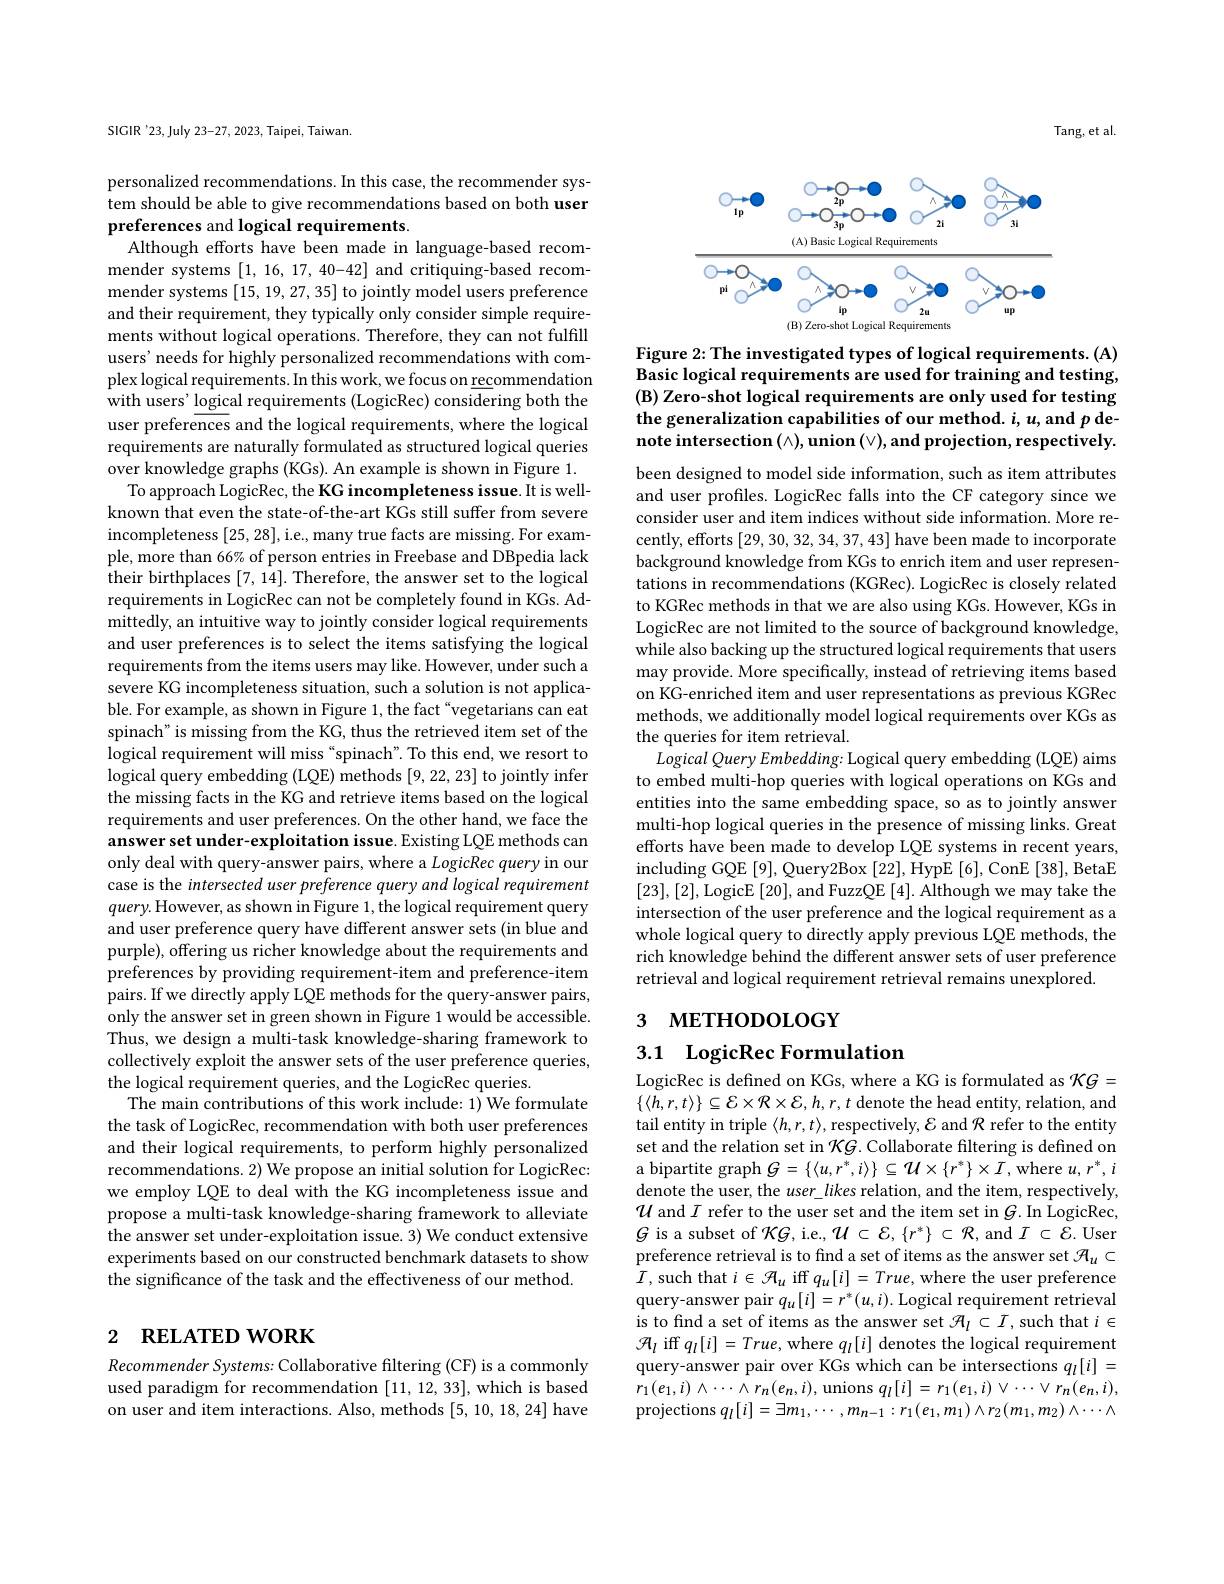
SIGIR'23, July 23-27, 2023, Taipei, Taiwan.

personalized recommendations. In this case, the recommender system should be able to give recommendations based on both user preferences and logical requirements.
Although efforts have been made in language-based recom-

mender systems [1, 16, 17, 40-42] and critiquing-based recommender systems [15,19,27,35] to jointly model users preference and their requirement, they typically only consider simple requirements without logical operations. Therefore, they can not fulfill users' needs for highly personalized recommendations with complex logical requirements. In this work, we focus on recommendation with users' logical requirements (LogicRec) considering both the user preferences and the logical requirements, where the logical requirements are naturally formulated as structured logical queries over knowledge graphs (KGs). An example is shown in Figure 1.
To approach LogicRec, the KG incompleteness issue. It is wellknown that even the state-of-the-art KGs still suffer from severe incompleteness [25,28], i.e., many true facts are missing. For example, more than 66% of person entries in Freebase and DBpedia lack their birthplaces [7, 14]. Therefore, the answer set to the logical requirements in LogicRec can not be completely found in KGs. Admittedly, an intuitive way to jointly consider logical requirements and user preferences is to select the items satisfying the logical requirements from the items users may like. However, under such a severe KG incompleteness situation, such a solution is not applicable. For example, as shown in Figure 1, the fact “vegetarians can eat spinach" is missing from the KG, thus the retrieved item set of the logical requirement will miss “spinach”. To this end, we resort to logical query embedding (LQE) methods [9,22,23] to jointly infer the missing facts in the KG and retrieve items based on the logical requirements and user preferences. On the other hand, we face the answer set under-exploitation issue. Existing LQE methods can only deal with query-answer pairs, where a LogicRecquery in our case is the intersected user preference query and logical requirement $query.$ However, as shown in Figure 1, the logical requirement query and user preference query have different answer sets (in blue and purple), offering us richer knowledge about the requirements and preferences by providing requirement-item and preference-item pairs. If we directly apply LQE methods for the query-answer pairs, only the answer set in green shown in Figure 1 would be accessible. Thus, we design a multi-task knowledge-sharing framework to collectively exploit the answer sets of the user preference queries, the logical requirement queries, and the LogicRec queries.
The main contributions of this work include: 1) We formulate the task of LogicRec, recommendation with both user preferences and their logical requirements, to perform highly personalized recommendations. 2) We propose an initial solution for LogicRec: we employ LQE to deal with the KG incompleteness issue and propose a multi-task knowledge-sharing framework to alleviate the answer set under-exploitation issue. 3) We conduct extensive experiments based on our constructed benchmark datasets to show the significance of the task and the effectiveness of our method.

# 2 RELATED WORK

Recommender Systems: Collaborative filtering (CF) is a commonly used paradigm for recommendation [11,12,33],which is based on user and item interactions. Also, methods [5, 10, 18, 24] have

Tang, et al.

<FigureHere>

Figure 2: The investigated types of logical requirements. (A) Basic logical requirements are used for training and testing, (B) Zero-shot logical requirements are only used for testing the generalization capabilities of our method. $i,u$,and $p$ denote intersection $(\wedge)$,union $(\vee)$,and projection, respectively.

been designed to model side information, such as item attributes and user profiles. LogicRec falls into the CF category since we consider user and item indices without side information. More recently, efforts [29,30,32,34,37,43] have been made to incorporate background knowledge from KGs to enrich item and user representations in recommendations (KGRec). LogicRec is closely related to KGRec methods in that we are also using KGs. However, KGs in LogicRec are not limited to the source of background knowledge, while also backing up the structured logical requirements that users may provide. More specifically, instead of retrieving items based on KG-enriched item and user representations as previous KGRec methods, we additionally model logical requirements over KGs as the queries for item retrieval.
$Logical\textit{Query Embedding: Logical query embedding ( LQE) aims}$ to embed multi-hop queries with logical operations on KGs and entities into the same embedding space, so as to jointly answer multi-hop logical queries in the presence of missing links. Great efforts have been made to develop LQE systems in recent years, including GQE [9], Query2Box [22], HypE [6], ConE [38], BetaE [23],[2],LogicE[20],and FuzzQE[4]. Although we may take the intersection of the user preference and the logical requirement as a whole logical query to directly apply previous LQE methods, the rich knowledge behind the different answer sets of user preference retrieval and logical requirement retrieval remains unexplored.
3 метнорособү

3.1 $\textbf{LogicRec Formulation}$

LogicRec is defined on KGs, where a KG is formulated as $\mathcal{K}G=$ $\{\langle h,r,t\rangle\}\subseteq\mathcal{E}\times\mathcal{R}\times\mathcal{E},h,r,t$ denote the head entity, relation, and tail entity in triple $\langle h,r,t\rangle$,respectively, $\mathcal{E}$ and $\mathcal{R}$ refer to the entity set and the relation set in $\mathcal{K}G.$ Collaborate filtering is defined on a bipartite graph $G=\{\langle u,r^{*},i\rangle\}\subseteq\mathcal{U}\times\{r^{*}\}\times I$,where $u,r^{*},i$ denote the user, the $user\_likes$ relation, and the item, respectively, $\mathcal{U}$ and $I$ refer to the user set and the item set in $G.$In LogicRec, $G$ is a subset of KG, i.e, $\mathcal{U}\subset\mathcal{E},\{r^*\}\subset\mathcal{R}$, and $I\subset\mathcal{E}.$ User preference retrieval is to find a set of items as the answer set $\mathcal{A}_u\subset$ $I$, such that $i\in\mathcal{A}_u$ iff $q_u[i]=True$, where the user preference query-answer pair $q_u[i]=r^*(u,i).$ Logical requirement retrieval is to find a set of items as the answer set $\mathcal{H}_l\subset I$,such that $i\in$ $\mathcal{H}_l$ iff $q_l[i]=True$, where $q_l[i]$ denotes the logical requirement query-answer pair over KGs which can be intersections $q_l[i]=$ $r_{1}(e_{1},i)\wedge\cdots\wedge r_{n}(e_{n},i)$,unions $q_l[i]=r_{1}(e_{1},i)\vee\cdots\vee r_{n}(e_{n},i)$, projections $q_l[i]=\exists m_1,\cdots,m_{n-1}:r_1(e_1,m_1)\wedge r_2(m_1,m_2)\wedge\cdots\wedge$